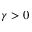
\gamma > 0